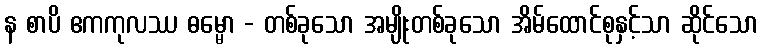
န စာပိ ဧကကုလဿ ဓမ္မော - တစ်ခုသော အမျိုးတစ်ခုသော အိမ်ထောင်စုနှင့်သာ ဆိုင်သော